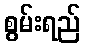
စွမ်းရည်